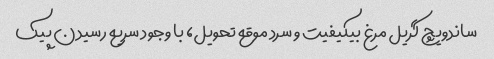
ساندویچ گریل مرغ بی‎کیفیت و سرد موقع تحویل، با وجود سریع رسیدن پیک